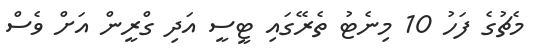
މެޗުގެ ފަހު 10 މިނެޓު ތެރޭގައި ޓީސީ އަދި ގްރީން އަށް ވެސް